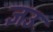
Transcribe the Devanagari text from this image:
ज्ञउ